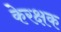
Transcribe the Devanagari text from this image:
केरक्षक